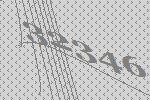
32346